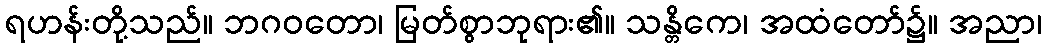
ရဟန်းတို့သည်။ ဘဂဝတော၊ မြတ်စွာဘုရား၏။ သန္တိကေ၊ အထံတော်၌။ အညာ၊